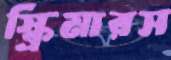
স্ক্রিমারস